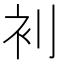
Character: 𮕥